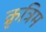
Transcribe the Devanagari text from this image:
क्रृत्रिम